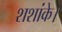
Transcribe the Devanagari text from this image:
शशांके।